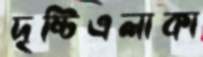
দৃষ্টিএলাকা